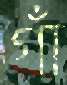
গাঁ